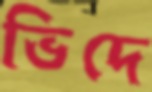
ভিদে